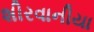
શીરવાનીયા